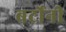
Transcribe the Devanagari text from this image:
बर्टोनी